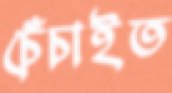
চেঁচাইত